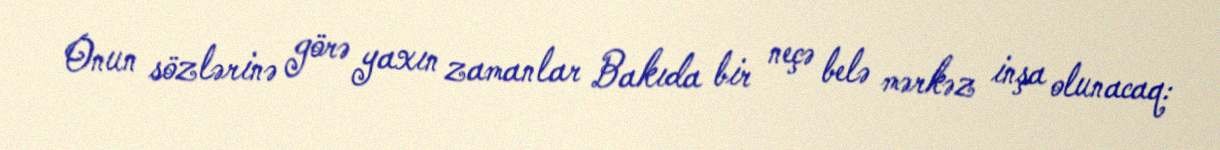
Onun sözlərinə görə yaxın zamanlar Bakıda bir neçə belə mərkəz inşa olunacaq: